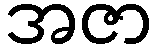
အဇာ